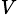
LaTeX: _{V}